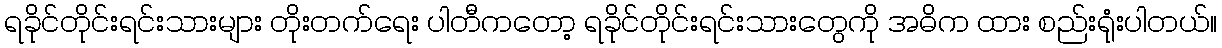
ရခိုင်တိုင်းရင်းသားများ တိုးတက်ရေး ပါတီကတော့ ရခိုင်တိုင်းရင်းသားတွေကို အဓိက ထား စည်းရုံးပါတယ်။